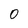
Character: 0